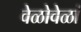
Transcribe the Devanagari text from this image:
वेळोवेळां